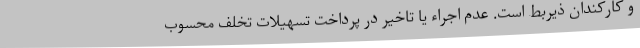
و کارکندان ذیربط است. عدم اجراء یا تاخیر در پرداخت تسهیلات تخلف محسوب